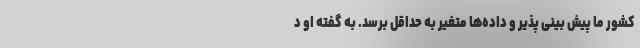
کشور ما پیش بینی پذیر و داده‌ها متغیر به حداقل برسد. به گفته او د